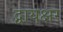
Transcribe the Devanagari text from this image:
द्वायक्षर